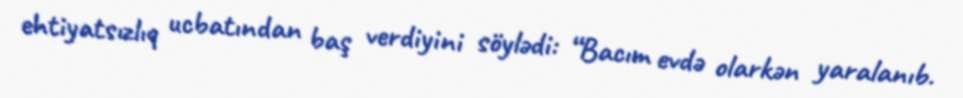
ehtiyatsızlıq ucbatından baş verdiyini söylədi: “Bacım evdə olarkən yaralanıb.